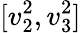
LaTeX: [v_{2}^{2},v_{3}^{2}]